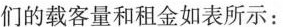
们的载客量和租金如表所示：